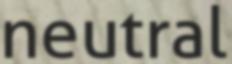
neutral